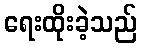
ရေးထိုးခဲ့သည်